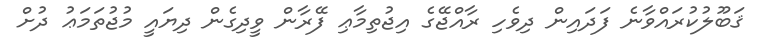
ޤަބޫލުކުރައްވާނެ ފަދައިން ދިވެހި ރާއްޖޭގެ އިޖުތިމާޢި ފޭރާން ވީދިގެން ދިޔައީ މުޖުތަމަޢު ދުށް